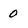
Character: 0